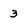
Character: 3